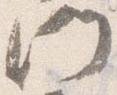
門